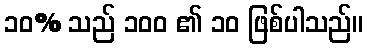
၁၀% သည် ၁၀၀ ၏ ၁၀ ဖြစ်ပါသည်။